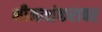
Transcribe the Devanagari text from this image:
भीमाशंकरावर